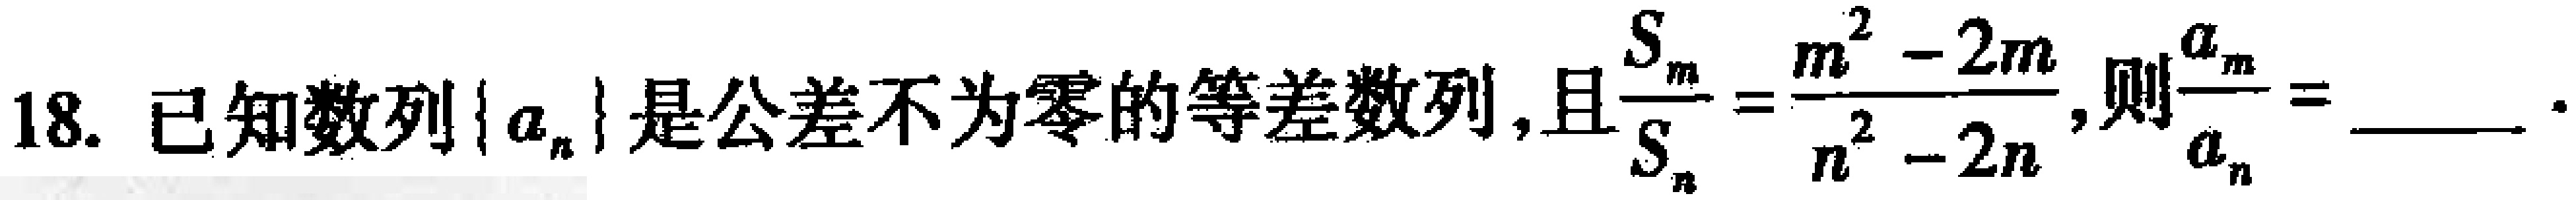
18. 已知数列\(\{ a_{n}\}\)是公差不为零的等差数列，且\(\frac{S_{m}}{S_{n}} = \frac{m^{2} - 2m}{n^{2} - 2n}\)，则\(\frac{a_{m}}{a_{n}}=\)  ．